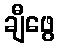
ချီဖွေ